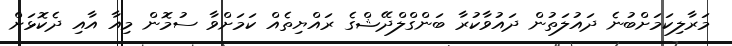
މަރާލިކަމަށްބުނެ ދައުލަތުން ދައުވާކުރާ ބަންގްލްދޭޝްގެ ރައްޔިތެއް ކަމަށްވާ ސުމޮން މިއާ އާއި ދެކޮޅަށް